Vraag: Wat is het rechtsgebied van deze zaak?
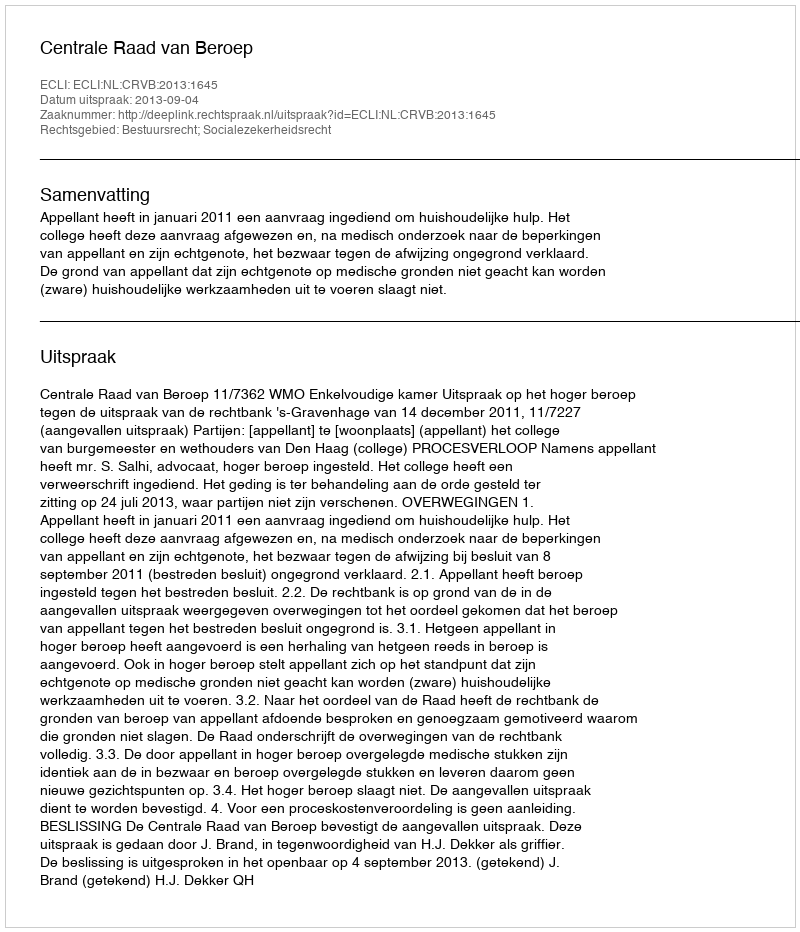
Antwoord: Bestuursrecht; Socialezekerheidsrecht